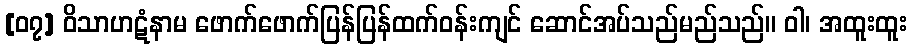
[၀၇] ဝိသာဟဋံနာမ ဖောက်ဖောက်ပြန်ပြန်ထက်ဝန်းကျင် ဆောင်အပ်သည်မည်သည်။ ဝါ၊ အထူးထူး